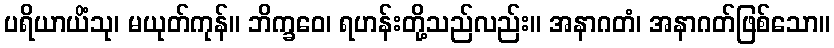
ပရိယာယိံသု၊ မယုတ်ကုန်။ ဘိက္ခဝေ၊ ရဟန်းတို့သည်လည်း။ အနာဂတံ၊ အနာဂတ်ဖြစ်သော။